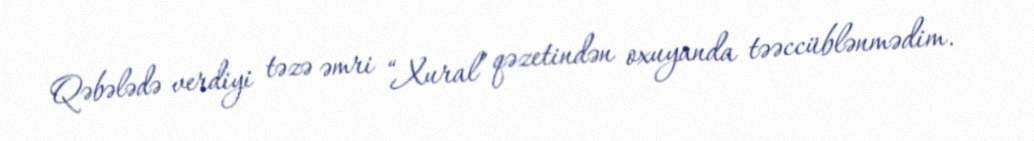
Qəbələdə verdiyi təzə əmri “Xural” qəzetindən oxuyanda təəccüblənmədim.